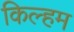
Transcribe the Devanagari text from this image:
किल्हम